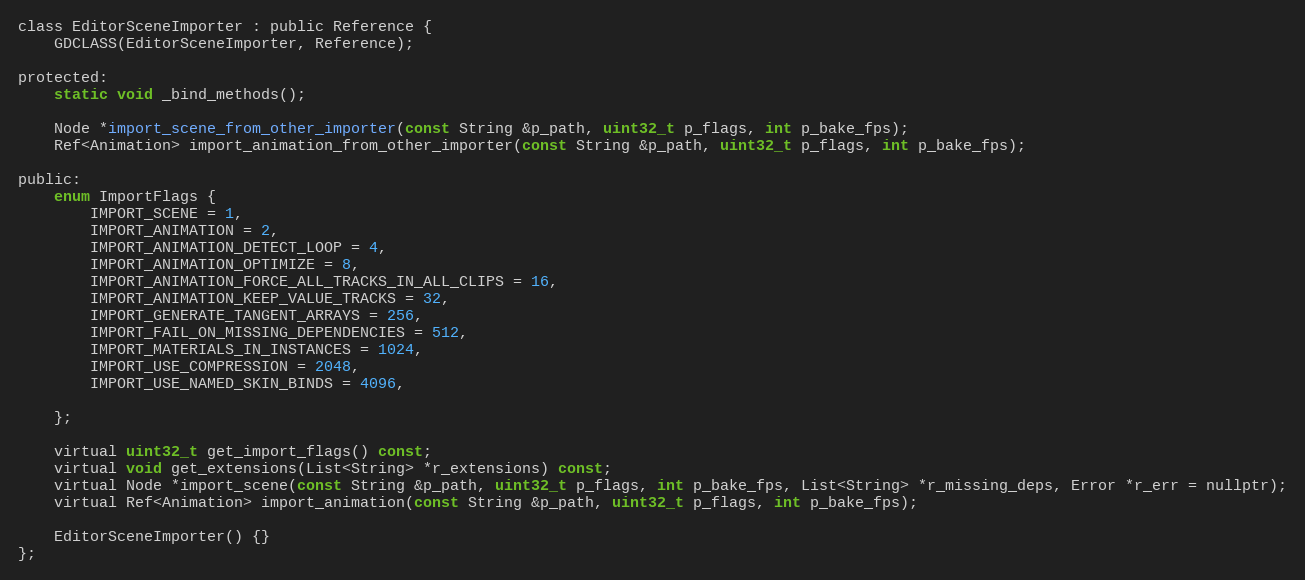
Language: C
class EditorSceneImporter : public Reference {
	GDCLASS(EditorSceneImporter, Reference);

protected:
	static void _bind_methods();

	Node *import_scene_from_other_importer(const String &p_path, uint32_t p_flags, int p_bake_fps);
	Ref<Animation> import_animation_from_other_importer(const String &p_path, uint32_t p_flags, int p_bake_fps);

public:
	enum ImportFlags {
		IMPORT_SCENE = 1,
		IMPORT_ANIMATION = 2,
		IMPORT_ANIMATION_DETECT_LOOP = 4,
		IMPORT_ANIMATION_OPTIMIZE = 8,
		IMPORT_ANIMATION_FORCE_ALL_TRACKS_IN_ALL_CLIPS = 16,
		IMPORT_ANIMATION_KEEP_VALUE_TRACKS = 32,
		IMPORT_GENERATE_TANGENT_ARRAYS = 256,
		IMPORT_FAIL_ON_MISSING_DEPENDENCIES = 512,
		IMPORT_MATERIALS_IN_INSTANCES = 1024,
		IMPORT_USE_COMPRESSION = 2048,
		IMPORT_USE_NAMED_SKIN_BINDS = 4096,

	};

	virtual uint32_t get_import_flags() const;
	virtual void get_extensions(List<String> *r_extensions) const;
	virtual Node *import_scene(const String &p_path, uint32_t p_flags, int p_bake_fps, List<String> *r_missing_deps, Error *r_err = nullptr);
	virtual Ref<Animation> import_animation(const String &p_path, uint32_t p_flags, int p_bake_fps);

	EditorSceneImporter() {}
};